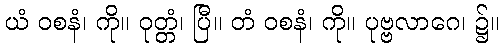
ယံ ဝစနံ၊ ကို။ ဝုတ္တံ၊ ပြီ။ တံ ဝစနံ၊ ကို။ ပုဗ္ဗလာဂေ၊ ၌။